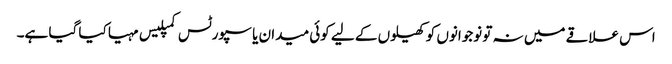
اس علاقے میں نہ تو نوجوانوں کو کھیلوں کے لیے کوئی میدان یا سپورٹس کمپلیس مہیا کیا گیا ہے۔